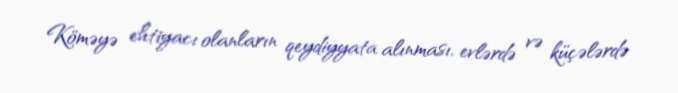
Köməyə ehtiyacı olanların qeydiyyata alınması, evlərdə və küçələrdə